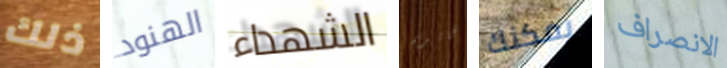
ذلك الهنود الشهداء الجائزة يمكنك الانصراف